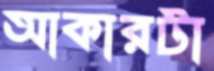
আকারটা